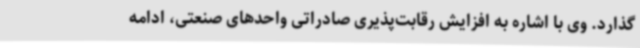
گذارد. وی با اشاره به افزایش رقابت‌پذیری صادراتی واحدهای صنعتی، ادامه